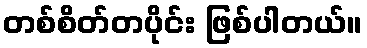
တစ်စိတ်တပိုင်း ဖြစ်ပါတယ်။